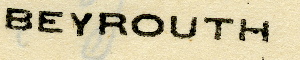
BEYROUTH